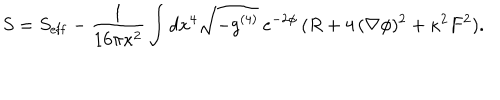
S = S _ { \mathrm { e f f } } - \frac { 1 } { 1 6 \pi \kappa ^ { 2 } } \int d x ^ { 4 } \sqrt { - g ^ { ( 4 ) } } \: e ^ { - 2 \phi } \, ( R + 4 \, ( \nabla \phi ) ^ { 2 } + \kappa ^ { 2 } F ^ { 2 } ) .